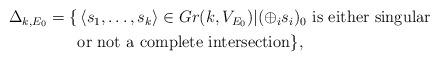
LaTeX: \begin{align*}\begin{aligned}\Delta_{k,E_0}=\{ & \left<s_1,\ldots, s_k\right>\in Gr(k, V_{E_0}) | (\oplus_i s_i)_0 \hbox{ is either singular} \\ & \hbox{or not a complete intersection}\},\end{aligned}\end{align*}